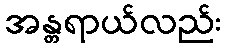
အန္တရာယ်လည်း